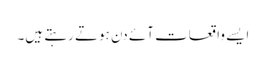
ایسے واقعات آئے دن ہوتے رہتے ہیں۔